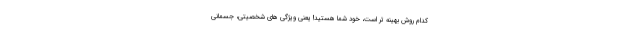
کدام روش بهینه تر است، خود شما هستید! یعنی ویژگی های شخصیتی، جسمانی